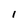
Character: 1